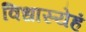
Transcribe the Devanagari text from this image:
विधास्येहं